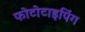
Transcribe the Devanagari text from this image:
फोटोटाइपिंग